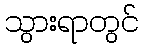
သွားရာတွင်